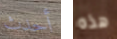
أحدث هذه